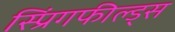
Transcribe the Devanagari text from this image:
स्प्रिंगफील्ड्स